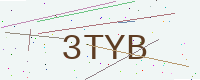
Text: 3TYB